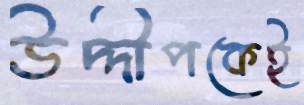
উদ্দীপকেই